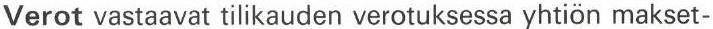
Verot vastaavat tilikauden verotuksessa yhtiön makset-